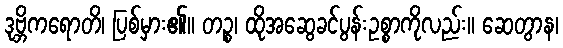
ဒုဗ္ဘိကရောတိ၊ ပြစ်မှား၏။ တဉ္စ၊ ထိုအဆွေခင်ပွန်းဥစ္စာကိုလည်း။ ဆေတွာန၊